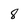
Character: 8